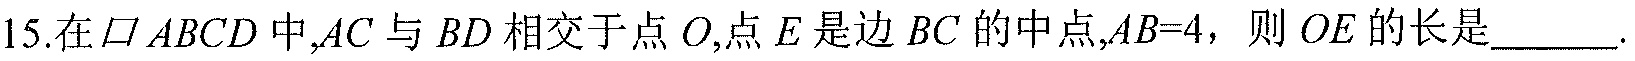
15.在$\square ABCD$中,$AC$与$BD$相交于点$O$,点$E$是边$BC$的中点,$AB = 4$，则$OE$的长是______.